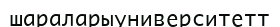
шараларыуниверситетт